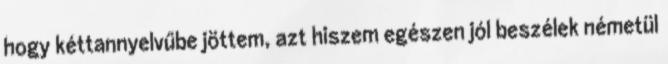
hogy kéttannyelvűbe jöttem, azt hiszem egészen jól beszélek németül